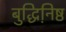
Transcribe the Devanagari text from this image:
बुद्धिनि़ष्ठ